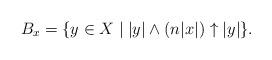
LaTeX: \begin{align*} B_x=\{y\in X \mid |y|\wedge (n|x|)\uparrow |y|\}. \end{align*}